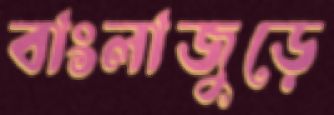
বাংলাজুড়ে